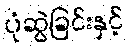
ပုံဆွဲခြင်းနှင့်